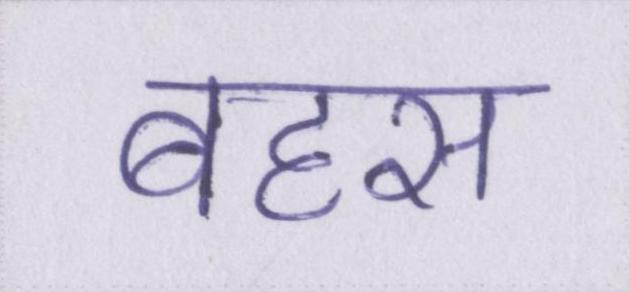
बहस